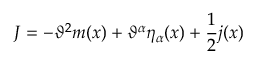
J = - \vartheta ^ { 2 } m ( x ) + \vartheta ^ { \alpha } \eta _ { \alpha } ( x ) + \frac { 1 } { 2 } j ( x )